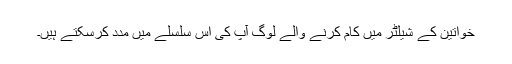
خواتین کے شیلٹر میں کام کرنے والے لوگ آپ کی اس سلسلے میں مدد کرسکتے ہیں۔